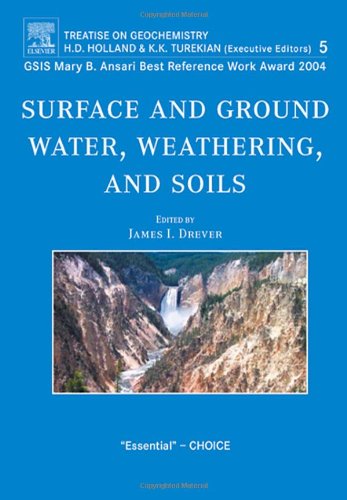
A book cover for Surface and Ground Water, Weathering, and Soils: Treatise on Geochemistry, Second Edition, Volume 5 (Treatise on Geochemisty); Science & Math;